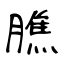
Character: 膲